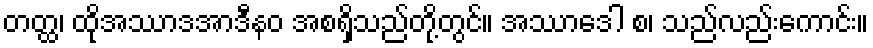
တတ္ထ၊ ထိုအဿာဒအာဒီနဝ အစရှိသည်တို့တွင်။ အဿာဒေါ စ၊ သည်လည်းကောင်း။